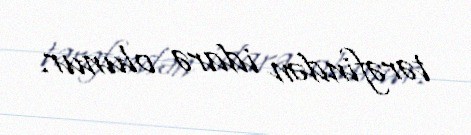
tərəfindən idarə olunur.